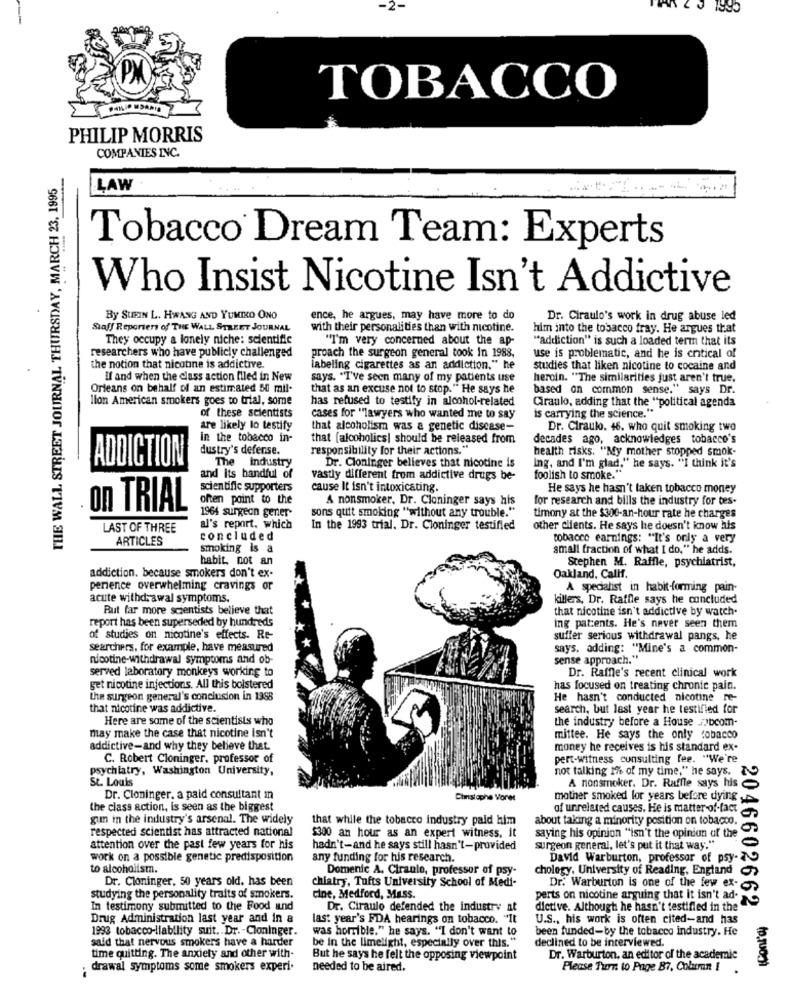
TOBACCO
PHILIP MORRIS
COMPANIES INC.
THE WALL STREET JOURNAL THURSDAY, MARCH 23, 1995
LAW
...----
Tobacco Dream Team: Experts
Who Insist Nicotine Isn't Addictive
By SURIN L. HWANG AND YUMIKO ONO
ence, he argues, may have more to do
Dr. Ciraulo's work in drug abuse led
Staff Reporters of THE WALL STREET JOURNAL
with their personalities than with nicotine.
him into the tobacco fray. He argues that
They occupy a lonely niche: scientific
"I'm very concerned about the ap-
"addiction" is such a loaded term that its
researchers who have publicly challenged
proach the surgeon general took In 1988,
use is problematic, and he is critical of
the notion that nicotine is addictive.
labeling cigarettes as an addiction." he
studies that liken nicotine to cocaine and
If and when the class action filed in New
says. "I've seen many of my patients use
heroin. "The similarities just aren't true,
Orleans on behalf of an estimated 50 mil.
that as an excuse not to stop." He says he
based on common sense." says Dr.
llon American smokers goes to trial, some
has refused to testify in alcohol-related
of these scientists
Ciraulo, adding that the "political agenda
cases for "lawyers who wanted me to say
is carrying the science."
are likely lo testify
that alcoholism was a genetic discase-
Dr. Ciraulo. 46. who quit smoking two
in the tobacco in-
that [alcoholics| should be released from
decades ago, acknowledges tobacco's
dustry's defense.
responsibility for their actions."
health risks. "My mother stopped smok-
ADDICTION
The industry
Dr. Cloninger believes that nicotine is
Ing. and I'm glad," he says. "I think it's
and Its handful of
vastly different from addictive drugs be-
foolish to smoke."
scientific supporters
cause It isn't intoxicating.
He says he hasn't taken tobacco money
often paint to the
& nonsmoker. Dr. Cloninger says his
for research and bills the industry for tes-
on TRIAL
1964 surgeon gener
sons quit smoking "without any trouble."
timony at the $300-an-hour rate he charges
LAST OF THREE
al's report. which
In the 1993 trial. Dr. Cioninger testified
other clients. He says he doesn't know his
ARTICLES
concluded
tobacco earnings: "It's only a very
smoking is a
small fraction of what I do," he adds.
habit. not an
Stephen M. Raffle, psychiatrist,
addiction. because smokers don't ex-
Oakland, Calif.
perience overwhelming cravings or
A specialist in habit-forming pain-
acute withdrawal symptoms.
killers, Dr. Raffle says he concluded
Rut far more scientists believe that
that nicotine isn't addictive by watch.
report has been superseded by hundreds
ing patients. He's never seen them
of studies on nicotine's effects. Re-
suffer serious withdrawal pangs, he
searchers, for example, have measured
says. adding: "Mine's a common-
nicotine-withdrawal symptoms and ob-
sense approach."
served laboratory monkeys working to
Dr. Raffle's recent clinical work
get nicotine injections. All this bolstered
has focused on treating chronic pain.
the surgeon general's conclusion in 1368
He hasn't conducted nicotine re-
that nicotine was addictive.
search, but last year he testified for
Here are some of the scientists who
the industry before a House .FIDcom-
may make the case that nicotine Isn't
mittee. He says the only tobacco
addictive-and why they believe that
money he receives is his standard ex-
C. Robert Cloninger, professor of
pert-witness consulting fee. "We're
psychiatry, Washington University,
not talking 1% of my time," he says.
St. Louis
A nonsmoker. Dr. Raffle says his
Dr. Cloninger, a paid consultant i
Chinstophe Vorer
mother smoked lor years before dying
the class action, is seen as the biggest
of unrelated causes. He is matter -of-fact
gun in the industry's arsenal. The widely
that while the tobacco industry paid him
about taking a minority position on tobacco.
respected scientist has attracted national
$300 an hour as an expert witness. it
saying his opinion "isn't the opinion of the
attention over the past few years for his
hadn't-and he says still hasn't-provided
surgeon general, let's put it that way."
work on a possible genetic predisposition
any funding for his research.
David Warburton, professor of psy-
to alcoholistn.
Domenic A. Ciranlo, professor of psy-
chology, University of Reading, England
Dr. Cloninger, 50 years old, has been
chiatry, Tufts University School of Medi-
Dr. Warburton is one of the few ex-
studying the personality traits of smokers.
cine, Medford, Mass.
perts on nicotine arguing that it isn't ad-
In testimony submitted to the Food and
Dr. Ciraulo defended the industry at
dictive. Although he hasn't testified in the"
(Conl'a)
Drug Administration last year and in a
last year's FDA hearings on tobacco. "It
U.S ., his work is often cited-and has
2046602662
1993 tobacco-liability suit. Dr. - Cloninger.
was horrible." he says. "I don't want to
been funded-by the tobacco industry. He
said that nervous smokers have a harder
be in the limelight, especially over this."
declined to be interviewed.
time quitting. The anxiety and other with-
But he says he felt the opposing viewpoint
Dr. Warburton, an editor of the academic
drawal symptoms some smokers experi.
needed to be aired.
Please Turn to Page B7, Cobrmn I
-